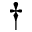
^ { \dagger }